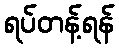
ရပ်တန့်ရန်